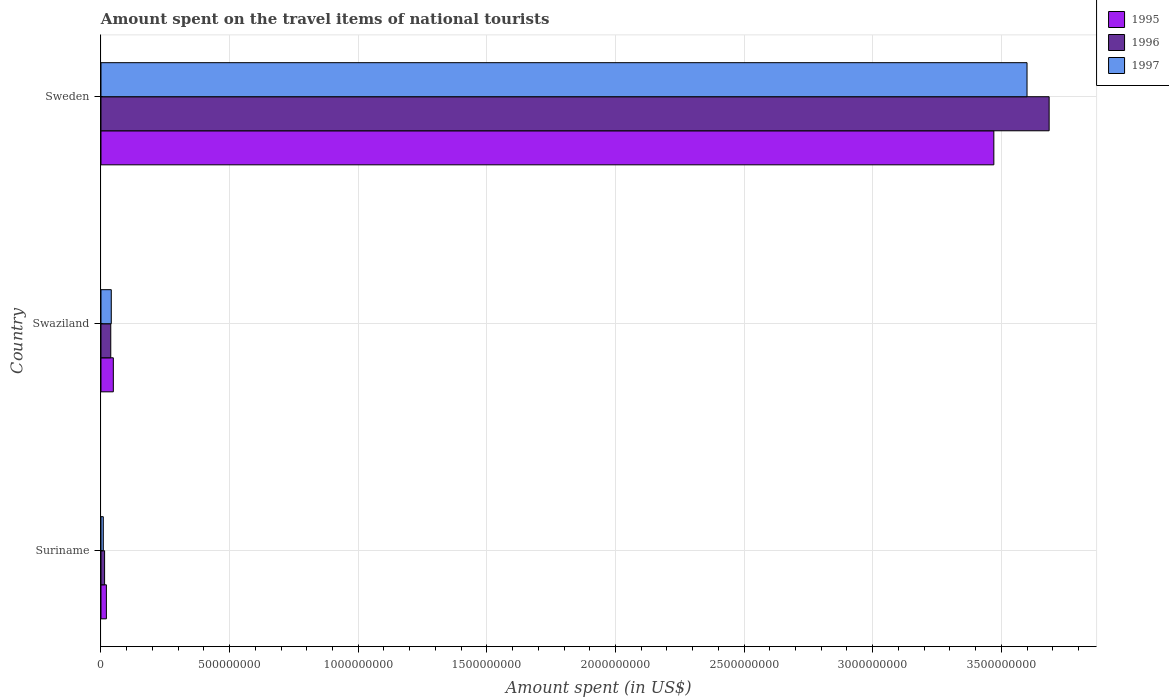
| Country | 1995 | 1996 | 1997 |
 | --- | --- | --- | --- |
 | Suriname | 2.1e+07 | 1.4e+07 | 9e+06 |
 | Swaziland | 4.8e+07 | 3.8e+07 | 4e+07 |
 | Sweden | 3.47e+09 | 3.69e+09 | 3.6e+09 |